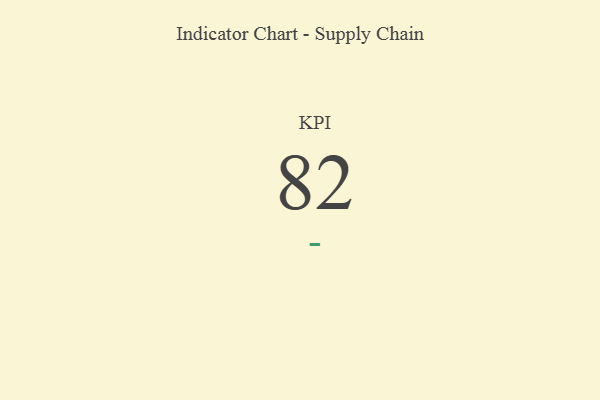
{"axis": {"x": "KPI", "y": "Value"}, "legend": [""], "data": [{"x": "KPI", "y": 82, "type": ""}]}